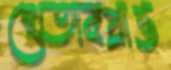
খেতাবপ্রাপ্ত